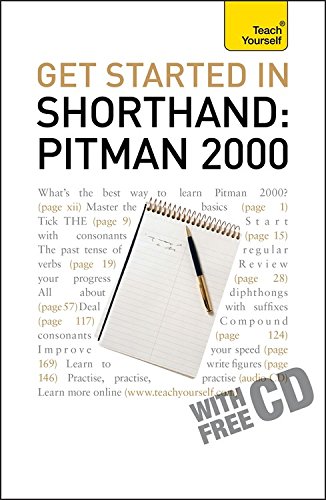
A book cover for Get Started In Shorthand Pitman 2000 (Teach Yourself); Pitman Publishing; Computers & Technology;